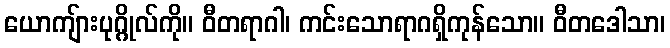
ယောကျ်ားပုဂ္ဂိုလ်ကို။ ဝီတရာဂါ၊ ကင်းသောရာဂရှိကုန်သော။ ဝီတဒေါသာ၊